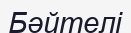
Бәйтелі